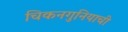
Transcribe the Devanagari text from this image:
चिकनगुनियाची